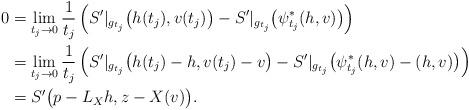
LaTeX: \begin{align*}0&=\lim_{t_j\to 0}\frac{1}{t_j} \left( S'|_{g_{t_j}}\big(h(t_j), v(t_j) \big)-S'|_{g_{t_j}}\big(\psi_{t_j}^* (h, v)\big) \right)\\ &=\lim_{t_j\to 0}\frac{1}{t_j} \left( S'|_{g_{t_j}}\big(h(t_j)-h, v(t_j)-v \big)-S'|_{g_{t_j}}\big( \psi_{t_j}^* (h, v) -(h,v)\big)\right)\\ &= S' \big(p-L_X h, z- X(v) \big).\end{align*}